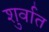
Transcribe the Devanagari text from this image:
शुर्वात